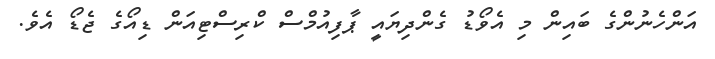
އަންހެނުންގެ ބައިން މި އެވޯޑު ގެންދިޔައީ ޕާފިއުމްސް ކްރިސްޓިއަން ޑިއޯގެ ޖެޑޯ އެވެ.